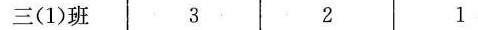
三(1)班 3 2 1